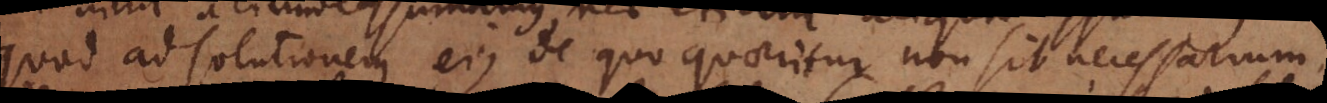
quod ad solutionem ejus de quo quaeritur non sit necessarium,